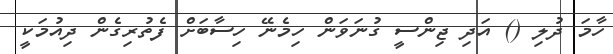
ހާމަ ދުލި () އަދި ޖިންސީ ގުނަވަން ހިމެނޭ ހިސާބަށް ފެތުރިގެން ދިއުމަކީ